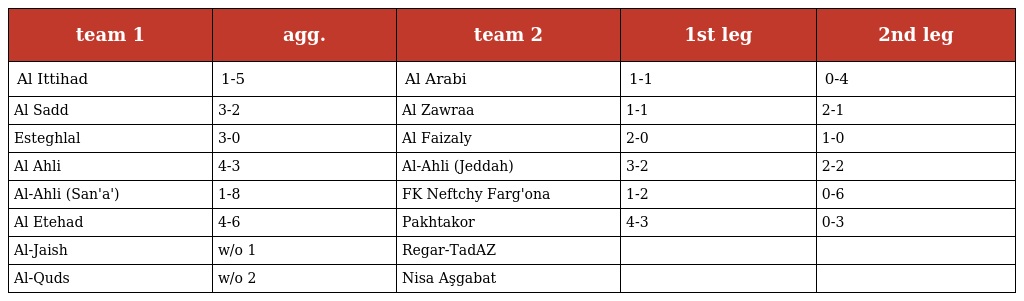
| team 1 | agg. | team 2 | 1st leg | 2nd leg |
 | --- | --- | --- | --- | --- |
 | Al Ittihad | 1-5 | Al Arabi | 1-1 | 0-4 |
 | Al Sadd | 3-2 | Al Zawraa | 1-1 | 2-1 |
 | Esteghlal | 3-0 | Al Faizaly | 2-0 | 1-0 |
 | Al Ahli | 4-3 | Al-Ahli (Jeddah) | 3-2 | 2-2 |
 | Al-Ahli (San'a') | 1-8 | FK Neftchy Farg'ona | 1-2 | 0-6 |
 | Al Etehad | 4-6 | Pakhtakor | 4-3 | 0-3 |
 | Al-Jaish | w/o 1 | Regar-TadAZ |  |  |
 | Al-Quds | w/o 2 | Nisa Aşgabat |  |  |